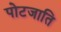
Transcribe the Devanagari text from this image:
पोटजाति